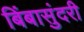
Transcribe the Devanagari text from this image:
बिंबासुंदरी